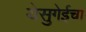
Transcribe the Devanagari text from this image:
येसुगेईचा